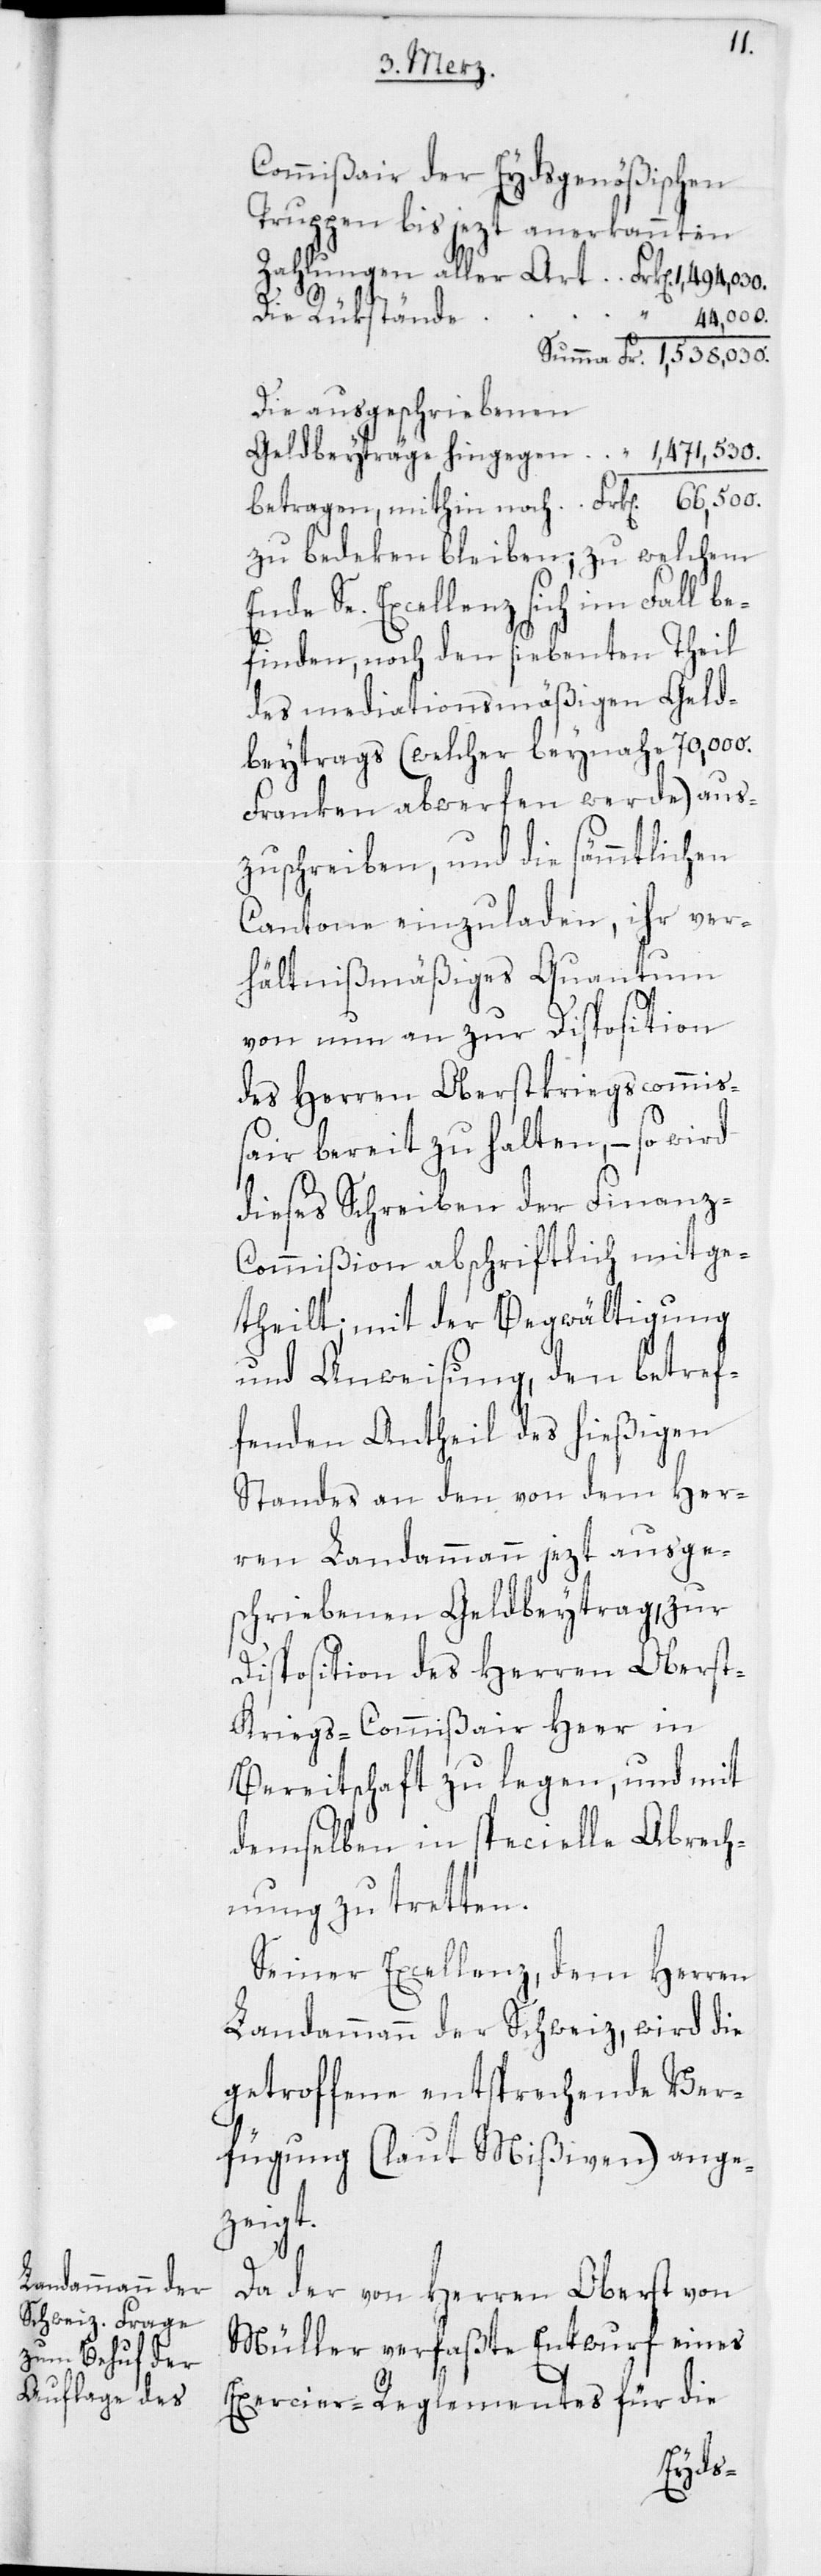
Commißair der Eydsgenößischen
Truppen bis jezt anerkannten
Zahlungen aller Art
mithin
Die Rükstände
44,000.
Die ausgeschriebenen
zu bedeken bleiben, zu welchem
Ende Se. Excellenz sich im Fall be¬
finden, noch den siebenten Theil
des mediationsmäßigen Geld¬
beytrags (welcher beynahe 70,000.
Franken abwerfen werde) aus¬
zuschreiben, und die sämmtlichen
Cantone einzuladen, ihr ver¬
hältnißmäßiges Quantum
von nun an zur Disposition
des Herren Oberstkriegscommi¬
ßair bereit zu halten, – so wird
dieses Schreiben der Finanz-C¬
ommißion abschriftlich mitge¬
theilt; mit der Begwältigung
und Anweisung, den betref¬
fenden Antheil des hießigen
Standes an den von dem Her¬
ren Landammann jezt ausge¬
schriebenen Geldbeytrag, zur
Disposition des Herren Obers¬
t-Kriegs-Commißair Heer in
Bereitschaft zu legen, und mit
demselben in specielle Abrech¬
nung zu tretten.
Seiner Excellenz, dem Herren
Landammann der Schweiz, wird die
getroffene entsprechende Ver¬
fügung (laut Mißiven) ange¬
zeigt.
Da der von Herren Oberst von
Müller verfaßte Entwurf eines
Exercier-Reglementes für die